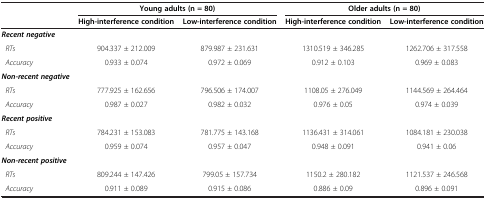
|  | <COLSPAN=2> Young adults (n = 80) | <COLSPAN=2> Older adults (n = 80) |
 |  | High-interference condition | Low-interference condition | High-interference condition | Low-interference condition |
 | --- | --- | --- | --- | --- |
 | Recent negative |  |  |  |  |
 | RTs | 904.337 ± 212.009 | 879.987 ± 231.631 | 1310.519 ± 346.285 | 1262.706 ± 317.558 |
 | Accuracy | <ROWSPAN=2> 0.933 ± 0.074 | <ROWSPAN=2> 0.972 ± 0.069 | <ROWSPAN=2> 0.912 ± 0.103 | <ROWSPAN=2> 0.969 ± 0.083 |
 | Non-recent negative |
 | RTs | 777.925 ± 162.656 | 796.506 ± 174.007 | 1108.05 ± 276.049 | 1144.569 ± 264.464 |
 | Accuracy | <ROWSPAN=2> 0.987 ± 0.027 | <ROWSPAN=2> 0.982 ± 0.032 | <ROWSPAN=2> 0.976 ± 0.05 | <ROWSPAN=2> 0.974 ± 0.039 |
 | Recent positive |
 | RTs | 784.231 ± 153.083 | 781.775 ± 143.168 | 1136.431 ± 314.061 | 1084.181 ± 230.038 |
 | Accuracy | <ROWSPAN=2> 0.959 ± 0.074 | <ROWSPAN=2> 0.957 ± 0.047 | <ROWSPAN=2> 0.948 ± 0.091 | <ROWSPAN=2> 0.941 ± 0.06 |
 | Non-recent positive |
 | RTs | 809.244 ± 147.426 | 799.05 ± 157.734 | 1150.2 ± 280.182 | 1121.537 ± 246.568 |
 | Accuracy | 0.911 ± 0.089 | 0.915 ± 0.086 | 0.886 ± 0.09 | 0.896 ± 0.091 |